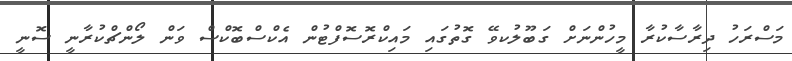
މަސްރަހު ދިރާސާކުރާ މީހުންނަށް ގަބޫލުކވޭ ގޮތުގައި މައިކްރޮސޮފްޓުން އެކްސްބޮކްސް ވަން ލޯންޗްކުރާނީ ސޮނީ